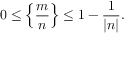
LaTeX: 0 \leq \left\{ { \frac { m } { n } } \right\} \leq 1 - { \frac { 1 } { | n | } } .